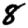
Digit: 8